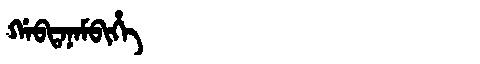
Manchu: ᡤᠠᠪᡨᠠᠨᠠᠮᠪᡳᡥᡝ
Romanization: GABTANAMBIHE